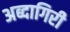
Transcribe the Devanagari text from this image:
अब्दागिरी